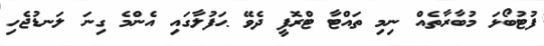
ފުޓުބޯޅަ މުބާރާތެއް ނިމި ތައްޓާ ޓްރޮފީ ދެވޭ ޙަފުލާގައި އެންމެ ގިނަ ލަނޑުޖެހި